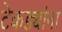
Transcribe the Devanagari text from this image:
टेकड्यांना